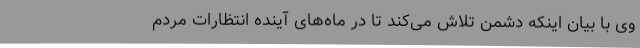
وی با بیان اینکه دشمن تلاش می‌کند تا در ماه‌های آینده انتظارات مردم